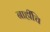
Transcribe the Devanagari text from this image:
नाहींचि